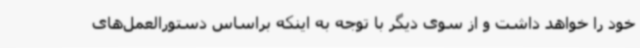
خود را خواهد داشت و از سوی دیگر با توجه به اینکه براساس دستورالعمل‌های